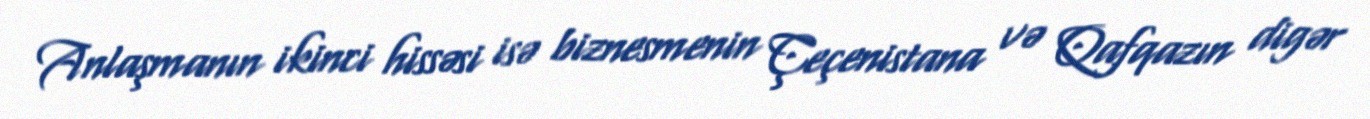
Anlaşmanın ikinci hissəsi isə biznesmenin Çeçenistana və Qafqazın digər